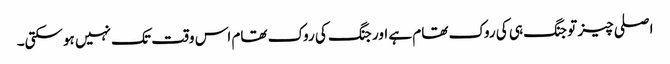
اصلی چیز تو جنگ ہی کی روک تھام ہے اور جنگ کی روک تھام اس وقت تک نہیں ہوسکتی۔